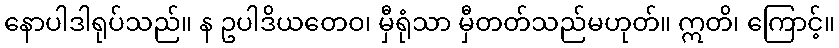
နောပါဒါရုပ်သည်။ န ဥပါဒိယတေဝ၊ မှီရုံသာ မှီတတ်သည်မဟုတ်။ ဣတိ၊ ကြောင့်။